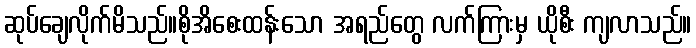
ဆုပ်ချေလိုက်မိသည်။စိုအိစေးထန်းသော အရည်တွေ လက်ကြားမှ ယိုစီး ကျလာသည်။